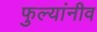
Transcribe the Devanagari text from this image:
फुल्यांनीव